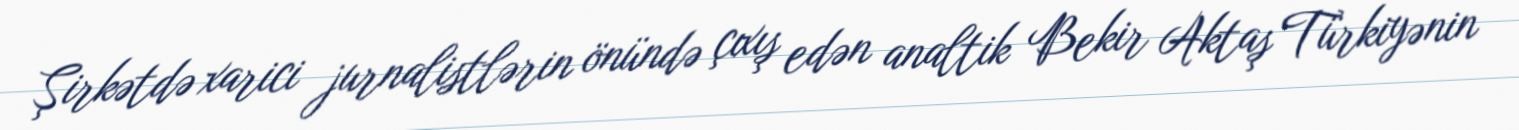
Şirkətdə xarici jurnalistlərin önündə çıxış edən analtik Bekir Aktaş Türkiyənin